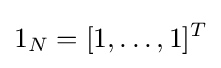
1_{N}=[1,\ldots ,1]^{T}